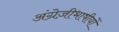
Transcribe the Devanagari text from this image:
अंग्रेज़ीभाषीयों